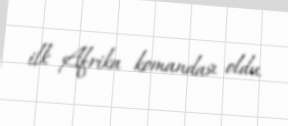
ilk Afrika komandası oldu.